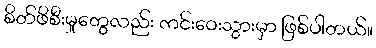
စိတ်ဖိစီးမှုတွေလည်း ကင်းဝေးသွားမှာ ဖြစ်ပါတယ်။